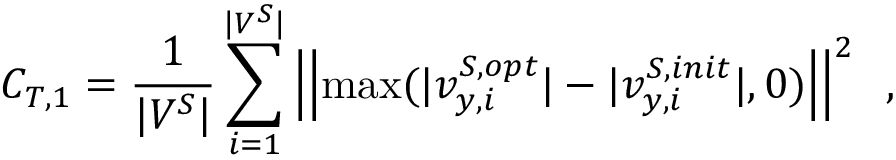
{ C _ { T , 1 } } = \frac { 1 } { { | { V ^ { S } } | } } \sum _ { i = 1 } ^ { | { V ^ { S } } | } \left| \left| { \operatorname* { m a x } ( | { v } _ { y , i } ^ { S , o p t } | - | { v } _ { y , i } ^ { S , i n i t } | , 0 ) } \right| \right| ^ { 2 } \; \; ,